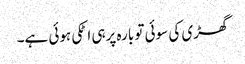
گھڑی کی سوئی تو بارہ پرہی اٹکی ہوئی ہے۔